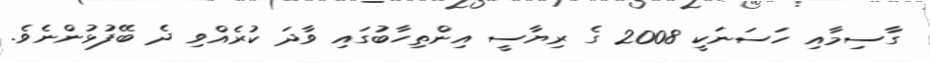
ގާސިމާއި ހަސަނަކީ 2008 ގެ ރިޔާސީ އިންތިހާބުގައި ވާދަ ކުރެއްވި ދެ ބޭފުޅުންނެވެ.